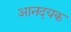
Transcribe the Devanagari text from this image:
आनदयक